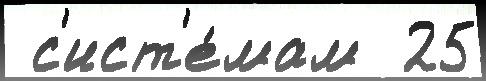
 с'ист'е́мам  25